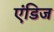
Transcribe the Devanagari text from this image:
एंडिज